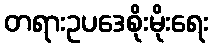
တရားဥပဒေစိုးမိုးရေး